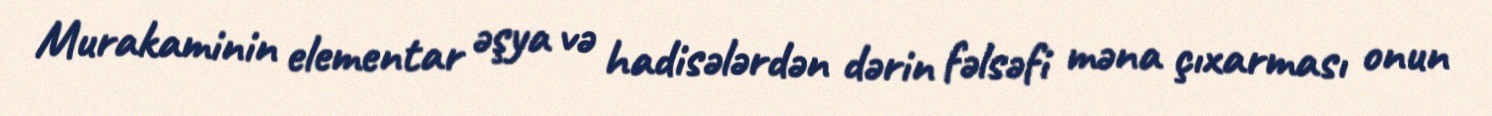
Murakaminin elementar əşya və hadisələrdən dərin fəlsəfi məna çıxarması onun